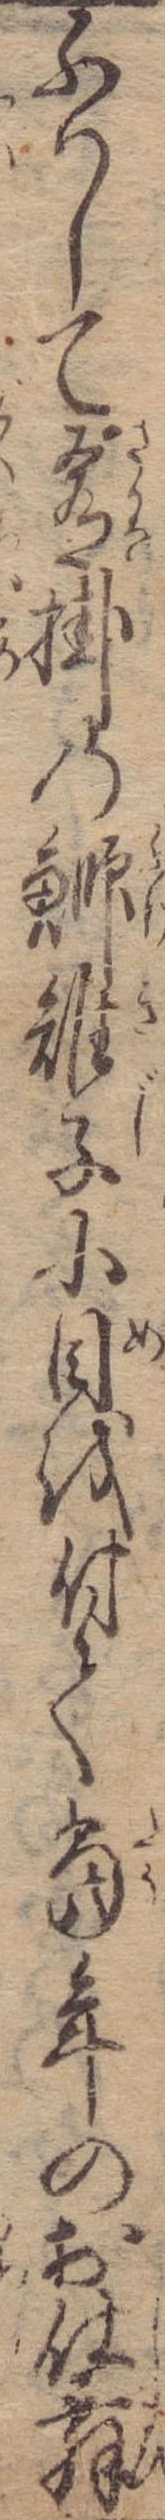
ふりして肴掛の鰤雉子に目を付て当年のお仕舞